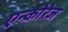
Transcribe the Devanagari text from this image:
एन्कोरेज